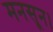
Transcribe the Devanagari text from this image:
मनसून।